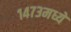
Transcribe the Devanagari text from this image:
१४७३मध्ये